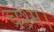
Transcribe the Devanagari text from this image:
चश्मे।